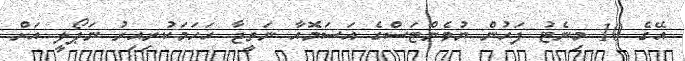
އޭގެ 10 މިނެޓު ފަހުން ޔުވެންޓަސްގެ އަސަމޮއާ ނަތީޖާ ހަހަމަކުރިއިރު ނަޕޯލީ އަށް